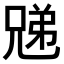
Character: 𫤜